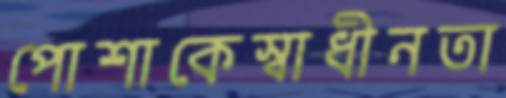
পোশাকেস্বাধীনতা